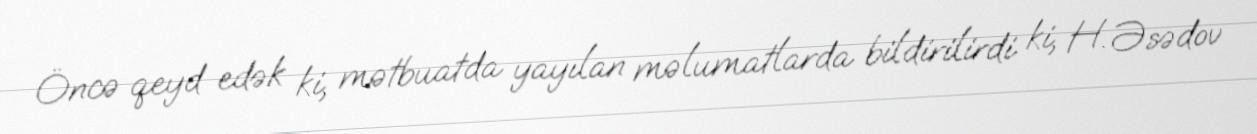
Öncə qeyd edək ki, mətbuatda yayılan məlumatlarda bildirilirdi ki, H. Əsədov